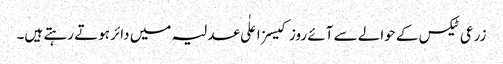
زرعی ٹیکس کے حوالے سے آئے روز کیسز اعلٰی عدلیہ میں دائر ہوتے رہتے ہیں۔